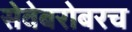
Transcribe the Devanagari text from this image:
सेवेबरोबरच